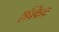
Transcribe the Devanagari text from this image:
एक्विना